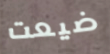
ضيعت